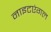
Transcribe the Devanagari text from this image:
नाइटएंगल